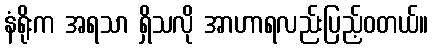
နံရိုးက အရသာ ရှိသလို အာဟာရလည်းပြည့်ဝတယ်။